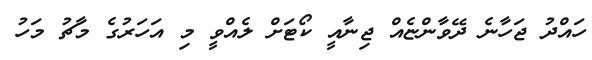
ހައްދު ޖަހާނެ ދޭވާންޏެއް ޖިނާއީ ކޯޓަށް ލެއްވީ މި އަހަރުގެ މާޗު މަހު